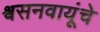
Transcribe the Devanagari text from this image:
श्वसनवायूंचे